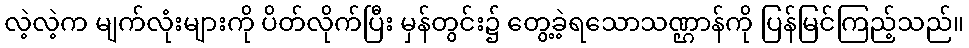
လဲ့လဲ့က မျက်လုံးများကို ပိတ်လိုက်ပြီး မှန်တွင်း၌ တွေ့ခဲ့ရသောသဏ္ဌာန်ကို ပြန်မြင်ကြည့်သည်။